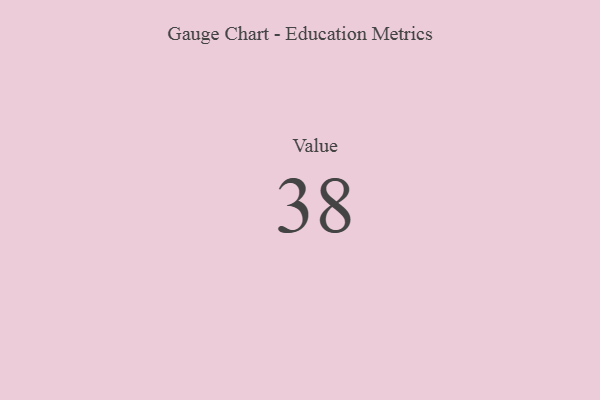
{"axis": {"x": "Metric", "y": "Value"}, "legend": [""], "data": [{"x": "Value", "y": 38, "type": ""}]}